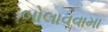
બોલાવવામા